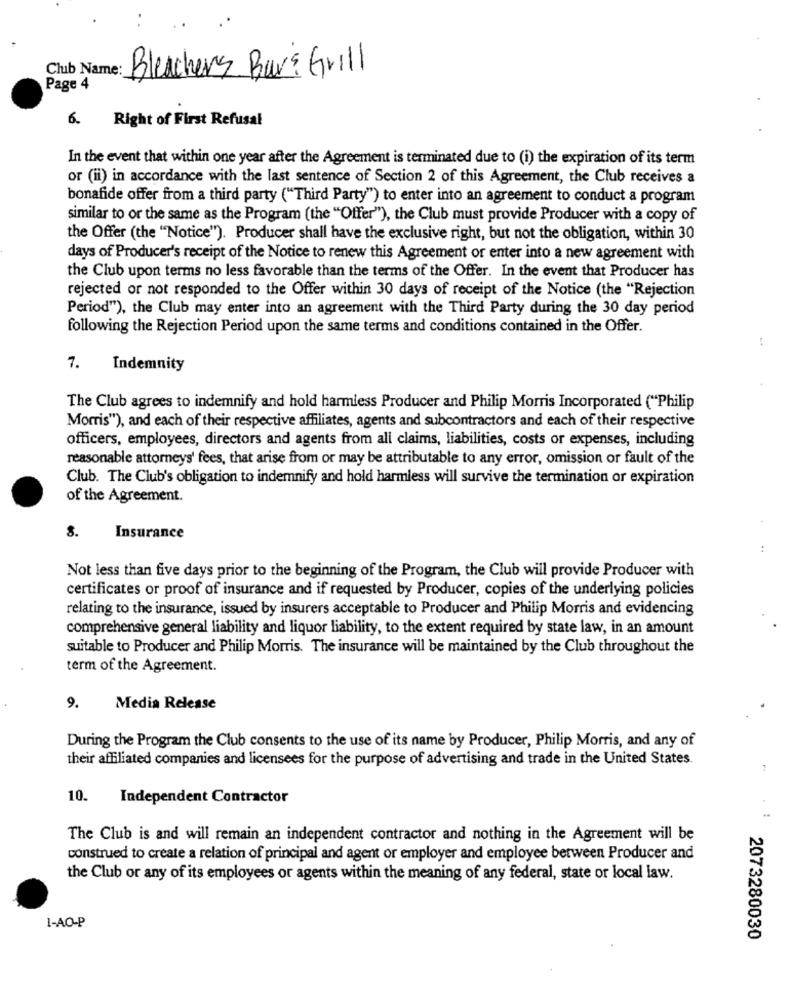
Club Name:
Bleachers Bar& Grill
Page 4
6.
Right of First Refusal
In the event that within one year after the Agreement is terminated due to (i) the expiration of its term
or (ii) in accordance with the last sentence of Section 2 of this Agreement, the Club receives a
bonafide offer from a third party ("Third Party") to enter into an agreement to conduct a program
similar to or the same as the Program (the "Offer"), the Club must provide Producer with a copy of
the Offer (the "Notice"). Producer shall have the exclusive right, but not the obligation, within 30
days of Producer's receipt of the Notice to renew this Agreement or enter into a new agreement with
the Club upon terms no less favorable than the terms of the Offer. In the event that Producer has
rejected or not responded to the Offer within 30 days of receipt of the Notice (the "Rejection
Period"), the Club may enter into an agreement with the Third Party during the 30 day period
following the Rejection Period upon the same terms and conditions contained in the Offer.
7.
Indemnity
The Club agrees to indemnify and hold harmless Producer and Philip Morris Incorporated ("Philip
Morris"), and each of their respective affiliates, agents and subcontractors and each of their respective
officers, employees, directors and agents from all claims, liabilities, costs or expenses, including
reasonable attorneys' fees, that arise from or may be attributable to any error, omission or fault of the
Club. The Club's obligation to indemnify and hold harmless will survive the termination or expiration
of the Agreement.
8.
Insurance
..
Not less than five days prior to the beginning of the Program, the Club will provide Producer with
certificates or proof of insurance and if requested by Producer, copies of the underlying policies
relating to the insurance, issued by insurers acceptable to Producer and Philip Morris and evidencing
comprehensive general liability and liquor liability, to the extent required by state law, in an amount
suitable to Producer and Philip Morris. The insurance will be maintained by the Club throughout the
term of the Agreement.
9.
Media Release
During the Program the Club consents to the use of its name by Producer, Philip Morris, and any of
their affiliated companies and licensees for the purpose of advertising and trade in the United States.
10.
Independent Contractor
The Club is and will remain an independent contractor and nothing in the Agreement will be
construed to create a relation of principal and agent or employer and employee between Producer and
the Club or any of its employees or agents within the meaning of any federal, state or local law.
I-AO-P
2073280030